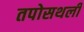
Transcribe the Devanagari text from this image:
तपोसथली